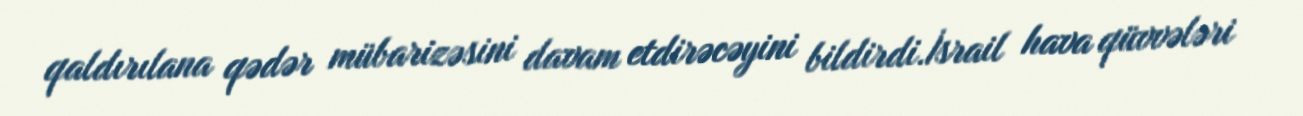
qaldırılana qədər mübarizəsini davam etdirəcəyini bildirdi.İsrail hava qüvvələri